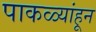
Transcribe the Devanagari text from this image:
पाकळ्यांहून